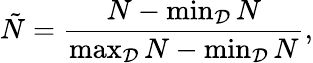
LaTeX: \tilde{N}=\frac{N-\operatorname*{min}_{\mathcal{D}}{N}}{\operatorname*{max}_{\mathcal{D}}{N}-\operatorname*{min}_{\mathcal{D}}{N}},